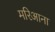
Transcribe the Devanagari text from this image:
मरिआना